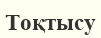
Тоқтысу